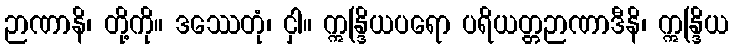
ဉာဏာနိ၊ တို့ကို။ ဒဿေတုံ၊ ငှါ။ ဣန္ဒြိယပရော ပရိယတ္တဉာဏာဒီနိ၊ ဣန္ဒြိယ